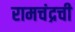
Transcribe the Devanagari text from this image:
रामचंद्रची